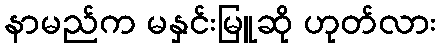
နာမည်က မနှင်းမြူဆို ဟုတ်လား